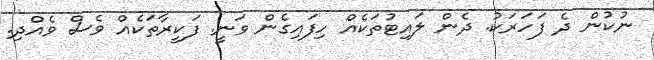
ނުކުން ދެ ފަހަރަކު. ދެން ލައިޓުތަކެއް ހިފައިގެން ވަނީ. ފަކީރާތަކެއް ވެސް ވެއްދި.